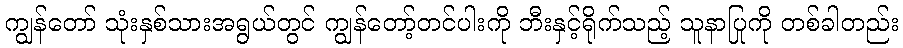
ကျွန်တော် သုံးနှစ်သားအရွယ်တွင် ကျွန်တော့်တင်ပါးကို ဘီးနှင့်ရိုက်သည့် သူနာပြုကို တစ်ခါတည်း